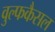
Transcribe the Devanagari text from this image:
वुल्फकैसल